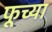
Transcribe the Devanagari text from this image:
फूच्या